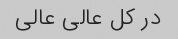
در کل عالی عالی